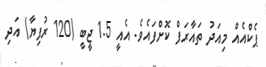
ޕެކްއެއް މިއަދު ތައާރަފް ކޮށްފައެވެ. އެއީ 1.5 ޖީބީ (120 ރުފިޔާ) އަދި